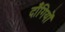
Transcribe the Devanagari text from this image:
दाँगियों